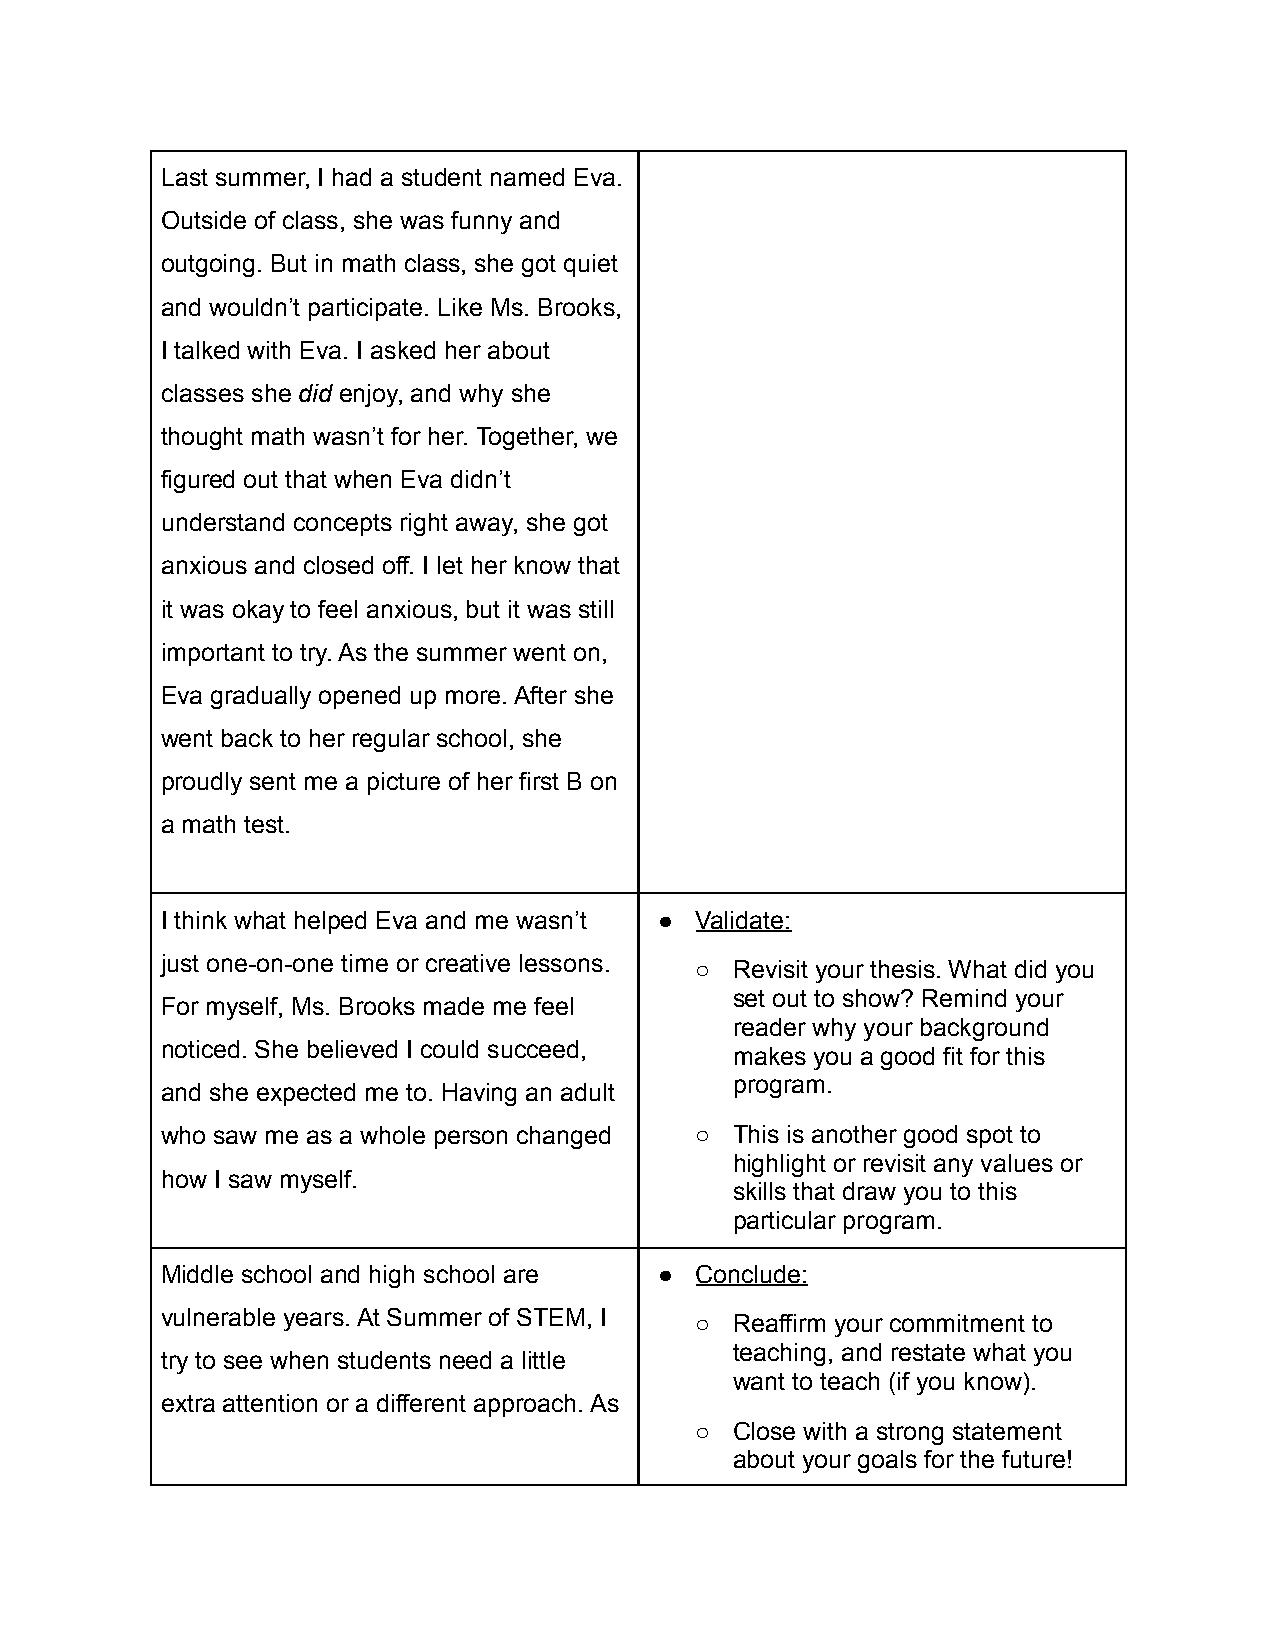
Last summer, I had a student named Eva.
 Outside of class, she was funny and
 outgoing. But in math class, she got quiet
 and wouldn’t participate. Like Ms. Brooks,
 I talked with Eva. I asked her about
 classes she did enjoy, and why she
 thought math wasn’t for her. Together, we
 figured out that when Eva didn’t
 understand concepts right away, she got
 anxious and closed off. I let her know that
 it was okay to feel anxious, but it was still
 important to try. As the summer went on,
 Eva gradually opened up more. After she
 went back to her regular school, she
 proudly sent me a picture of her first B on
 a math test.
 I think what helped Eva and me wasn’t ● Validate:
 just one-on-one time or creative lessons.
 ○  Revisit your thesis. What did you
 set out to show? Remind your
 For myself, Ms. Brooks made me feel
 reader why your background
 noticed. She believed I could succeed,
 makes you a good fit for this
 program.
 and she expected me to. Having an adult
 who saw me as a whole person changed ○ This is another good spot to
 highlight or revisit any values or
 how I saw myself.
 skills that draw you to this
 particular program.
 Middle school and high school are ● Conclude:
 vulnerable years. At Summer of STEM, I
 ○  Reaffirm your commitment to
 teaching, and restate what you
 try to see when students need a little
 want to teach (if you know).
 extra attention or a different approach. As
 ○  Close with a strong statement
 about your goals for the future!